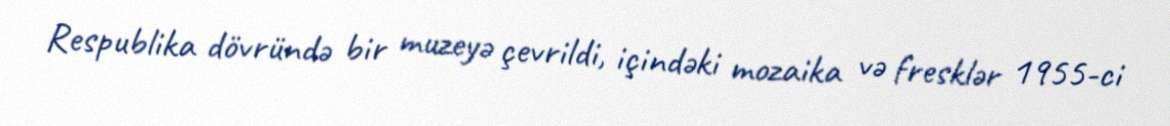
Respublika dövründə bir muzeyə çevrildi, içindəki mozaika və fresklər 1955-ci